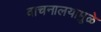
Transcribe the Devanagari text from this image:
वाचनालयामुळे